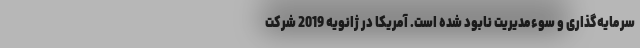
سرمایه‌گذاری و سوءمدیریت نابود شده است. آمریکا در ژانویه 2019 شرکت